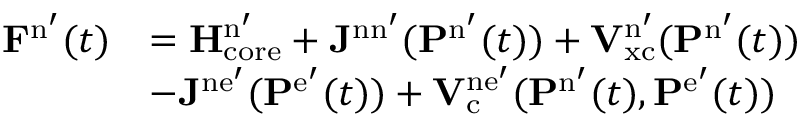
\begin{array} { r l } { \mathbf { F } ^ { \mathrm { n } ^ { \prime } } ( t ) } & { = \mathbf { H } _ { \mathrm { c o r e } } ^ { \mathrm { n } ^ { \prime } } + \mathbf { J } ^ { \mathrm { n n } ^ { \prime } } ( \mathbf { P } ^ { \mathrm { n } ^ { \prime } } ( t ) ) + \mathbf { V } _ { \mathrm { x c } } ^ { \mathrm { n } ^ { \prime } } ( \mathbf { P } ^ { \mathrm { n } ^ { \prime } } ( t ) ) } \\ & { - \mathbf { J } ^ { \mathrm { n e } ^ { \prime } } ( \mathbf { P } ^ { \mathrm { e } ^ { \prime } } ( t ) ) + \mathbf { V } _ { \mathrm { c } } ^ { \mathrm { n e } ^ { \prime } } ( \mathbf { P } ^ { \mathrm { n } ^ { \prime } } ( t ) , \mathbf { P } ^ { \mathrm { e } ^ { \prime } } ( t ) ) } \end{array}